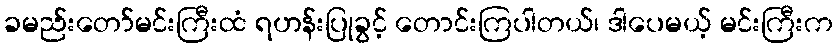
ခမည်းတော်မင်းကြီးထံ ရဟန်းပြုခွင့် တောင်းကြပါတယ်၊ ဒါပေမယ့် မင်းကြီးက